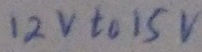
Text: 12V to 15V